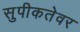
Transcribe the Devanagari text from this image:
सुपीकतेवर